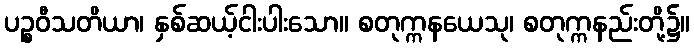
ပဉ္စဝီသတိယာ၊ နှစ်ဆယ့်ငါးပါးသော။ စတုက္ကနယေသု၊ စတုက္ကနည်းတို့၌။